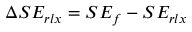
\Delta S E _ { r l x } = S E _ { f } - S E _ { r l x }